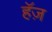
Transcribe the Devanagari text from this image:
हॅज़